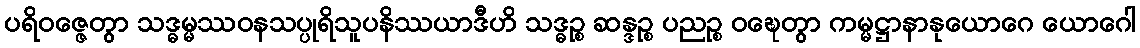
ပရိဝဇ္ဇေတွာ သဒ္ဓမ္မဿဝနသပ္ပုရိသူပနိဿယာဒီဟိ သဒ္ဓဉ္စ ဆန္ဒဉ္စ ပညဉ္စ ဝဍ္ဎေတွာ ကမ္မဋ္ဌာနာနုယောဂေ ယောဂေါ